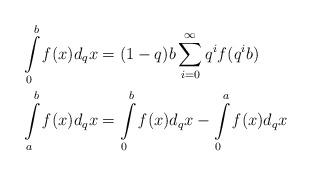
LaTeX: \begin{align*}\int\limits_{0}^{b}\mathit{f}(x)d_{q}x & =(1-q)b\sum_{i=0}^{\infty}q^{i}f(q^{i}b)\\\int\limits_{a}^{b}\mathit{f}(x)d_{q}x & =\int\limits_{0}^{b}\mathit{f}(x)d_{q}x-\int\limits_{0}^{a}\mathit{f}(x)d_{q}x\end{align*}